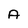
Character: A